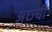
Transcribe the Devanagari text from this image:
अछ्ची